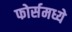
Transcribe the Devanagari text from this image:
फोर्समध्ये